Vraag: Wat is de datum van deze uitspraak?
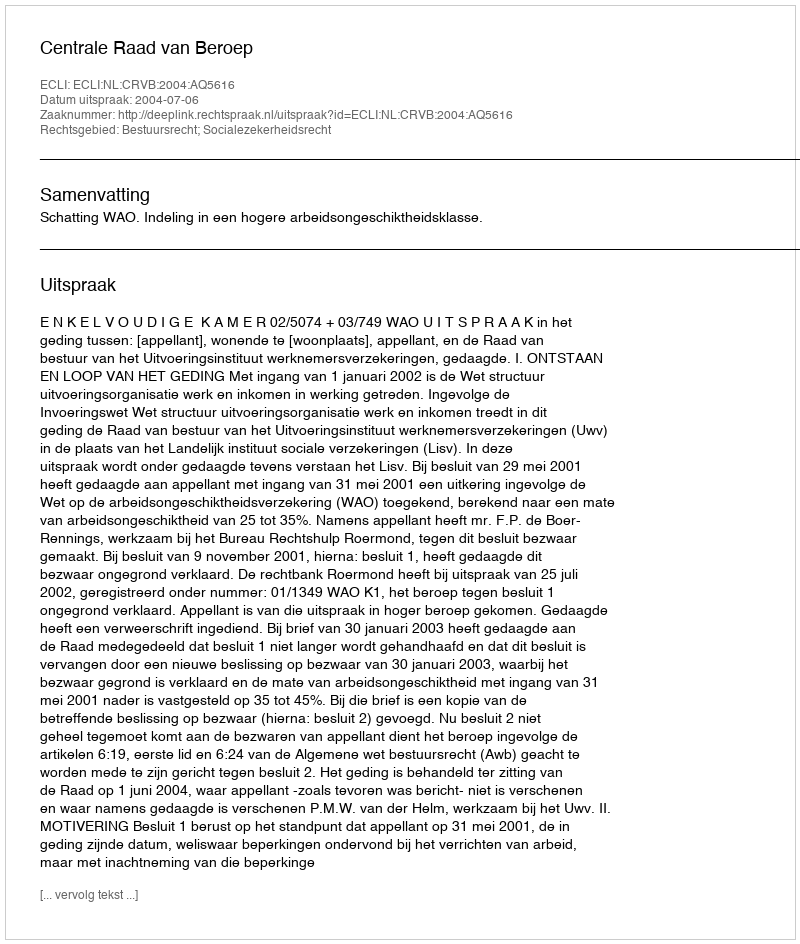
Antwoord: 2004-07-06